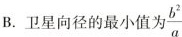
B.卫星向径的最小值为\frac{b^{2}}{a}